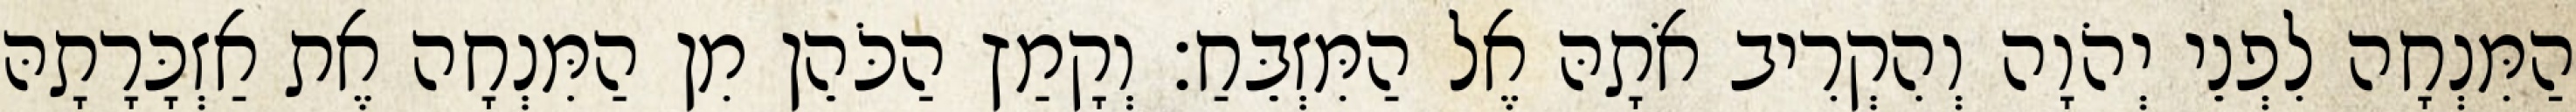
הַמִּנְחָה לִפְנֵי יְהֹוָה וְהִקְרִיב אֹתָהּ אֶל הַמִּזְבֵּחַ׃ וְקָמַץ הַכֹּהֵן מִן הַמִּנְחָה אֶת אַזְכָּרָתָהּ